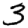
Digit: 3